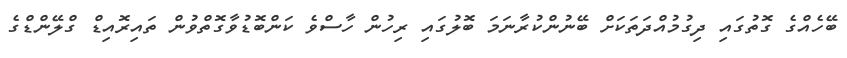
ބޭހެއްގެ ގޮތުގައި ދިގުމުއްދަތަކަށް ބޭނުންކުރާނަމަ ބޮލުގައި ރިހުން ހާސްވެ ކަންބޮޑުވާގޮތްވުން ތައިރޮއިޑް ގްލޭންޑްގެ